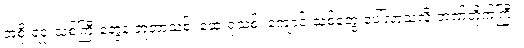
အစိုးရရုံးသစ်ကြီးတွေနဲ့ ဘူတာသစ်၊ ဆေးရုံသစ်၊ ကျောင်းသစ်တွေ ပေါ်လာသလို ဘဏ်တိုက်ကြီး၊